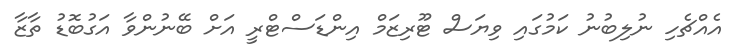
އެއްޗެހި ނުލިބުނު ކަމުގައި ވިޔަސް ޓޫރިޒަމް އިންޑަސްޓްރީ އަށް ބޭނުންވާ އަގުބޮޑު ތާޒާ